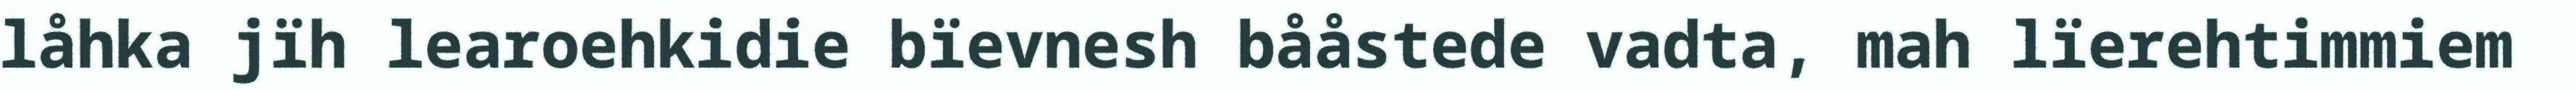
låhka jïh learoehkidie bïevnesh bååstede vadta, mah lïerehtimmiem